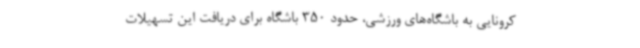
کرونایی به باشگاه‌های ورزشی، حدود 350 باشگاه برای دریافت این تسهیلات